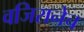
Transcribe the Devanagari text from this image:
वजिरानेच